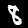
Label: 8